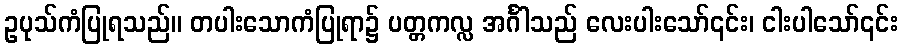
ဥပုသ်ကံပြုရသည်။ တပါးသောကံပြုရာ၌ ပတ္တကလ္လ အင်္ဂါသည် လေးပါးသော်၎င်း၊ ငါးပါသော်၎င်း